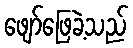
ဖျော်ဖြေခဲ့သည်